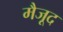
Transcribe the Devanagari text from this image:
मैजूद